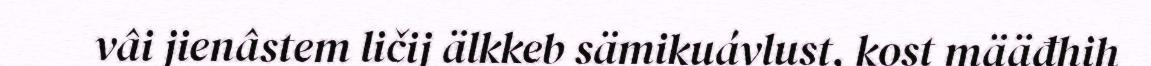
vâi jienâstem ličij älkkeb sämikuávlust, kost määđhih